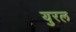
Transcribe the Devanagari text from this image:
युरल